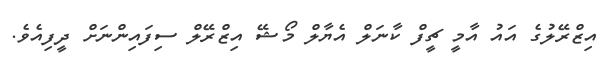
އިޒްރޭލުގެ އައު އާމީ ޗީފް ކާނަލް އެޔާލް މޯޝޭ އިޒްރޭލް ސިފައިންނަށް ދީފިއެވެ.